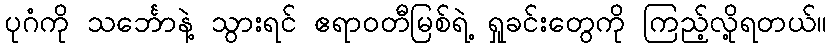
ပုဂံကို သင်္ဘောနဲ့ သွားရင် ဧရာဝတီမြစ်ရဲ့ ရှုခင်းတွေကို ကြည့်လို့ရတယ်။